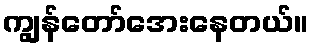
ကျွန်တော်အေးနေတယ်။